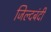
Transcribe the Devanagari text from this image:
जिल्दबंदी